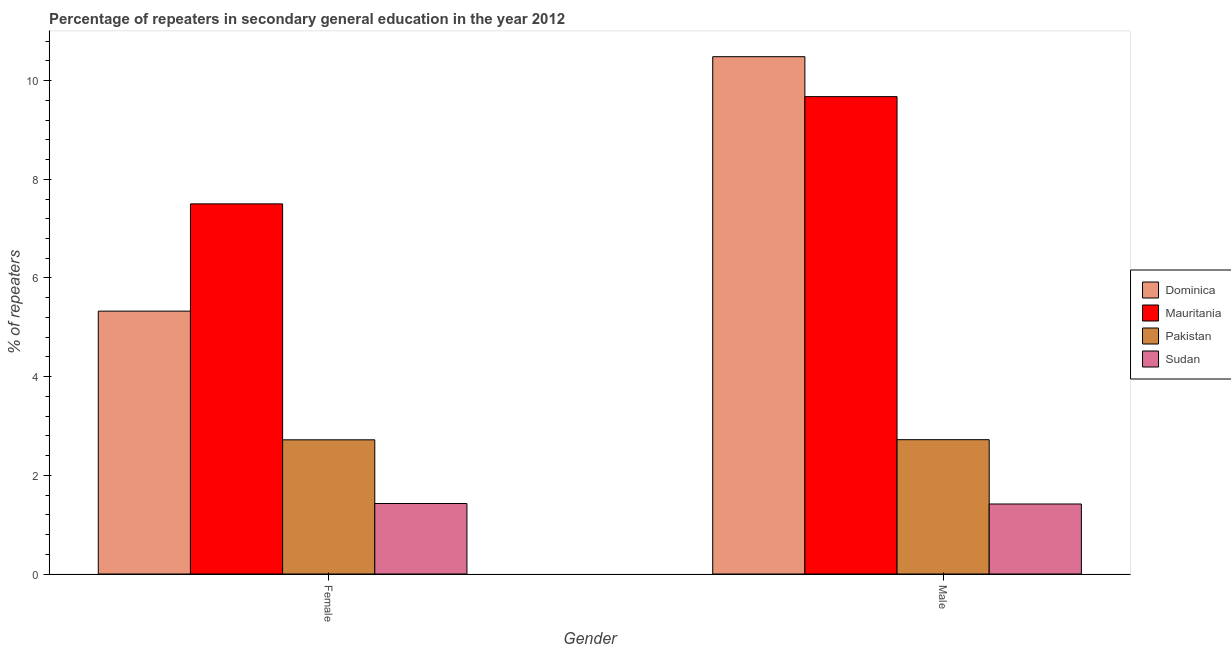
| Gender | Dominica | Mauritania | Pakistan | Sudan |
 | --- | --- | --- | --- | --- |
 | Female | 5.33 | 7.5 | 2.72 | 1.43 |
 | Male | 10.5 | 9.68 | 2.72 | 1.42 |